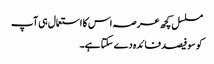
مسلسل کچھ عرصہ اس کا استعمال ہی آپ
کو سو فیصد فائدہ دے سکتا ہے۔